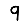
Digit: 9